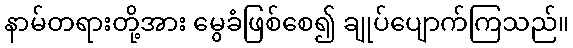
နာမ်တရားတို့အား မွေခံဖြစ်စေ၍ ချုပ်ပျောက်ကြသည်။